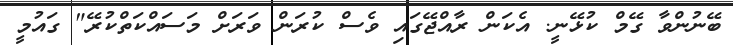
ބޭނުންވާ ގޭމް ކުޅޭނީ. އެކަން ރާއްޖޭގައި ވެސް ކުރަން ވަރަށް މަސައްކަތްކުރޭ" ގައުމީ